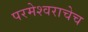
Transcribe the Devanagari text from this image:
परमेश्वराचेच